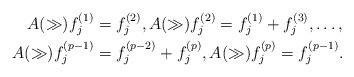
\begin{align*}A(\gg)f_j^{(1)} &=f_j^{(2)}, A(\gg)f_j^{(2)}=f_j^{(1)}+f_j^{(3)}, \ldots, \\A(\gg)f_j^{(p-1)} &=f_j^{(p-2)}+f_j^{(p)}, A(\gg)f_j^{(p)}=f_j^{(p-1)}.\end{align*}